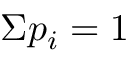
\Sigma p _ { i } = 1